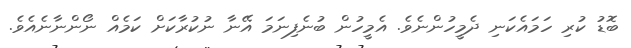
ބޮޑު ކުރި ހަމައެކަނި ދެމީހުންނެވެ. އެމީހުން ބުނެފިނަމަ އޭނާ ނުކުރާކަށް ކަމެއް ނޯންނާނެއެވެ.